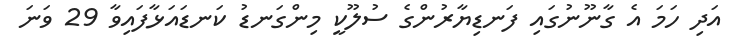
އަދި ހަމަ އެ ގާނޫނުގައި ފަނޑިޔާރުންގެ ސުލޫކީ މިންގަނޑު ކަނޑައަޅާފައިވާ 29 ވަނަ